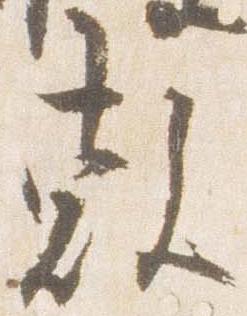
敷